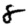
Digit: 8